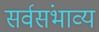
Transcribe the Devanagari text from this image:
सर्वसंभाव्य